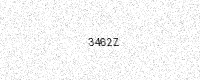
Text: 3462Z